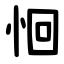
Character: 恛